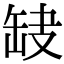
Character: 𦈫